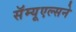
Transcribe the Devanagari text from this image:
सॅम्यूएल्सने